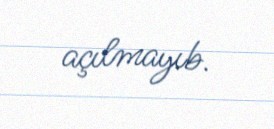
açılmayıb.